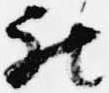
被